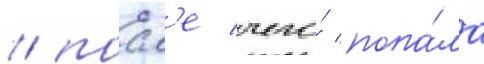
/ посл'е чего́ попа́ла